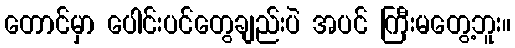
တောင်မှာ ပေါင်းပင်တွေချည်းပဲ အပင် ကြီးမတွေ့ဘူး။